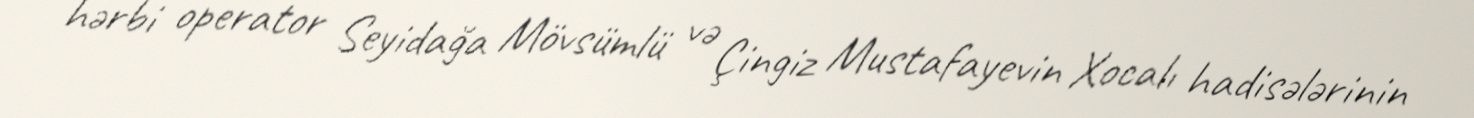
hərbi operator Seyidağa Mövsümlü və Çingiz Mustafayevin Xocalı hadisələrinin